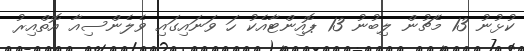
ކުޅުނު 13 މެޗުން ލިބުނު 13 ޕޮއިންޓާއެކު ހަ ވަނައިގައި ވެލެންސިއާ އޮތްއިރު